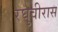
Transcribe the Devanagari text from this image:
रघुवीरास